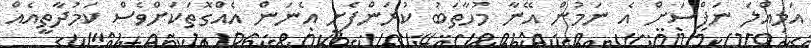
އަމިއްލަ ނަފްސަށް އެ ނަމުން އޭނާ މުހާތަބު ކުރަންފެށީ އެނަން އެއްގޮތަކަށްވެސް ކަމުދާތީއެއް